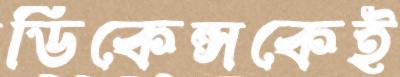
ডিকেন্সকেই